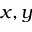
x , y